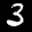
Digit: 3